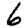
Digit: 6